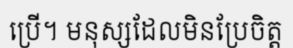
ប្រើ។ មនុស្សដែលមិនប្រែចិត្ត